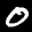
Digit: 0